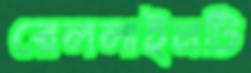
রেললাইনটি